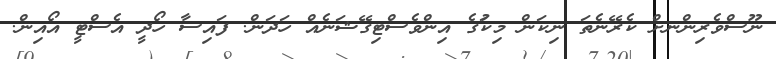
ނޫސްވެރިންނށް ކެރޭނެތަ ނިކަން މިކަުގެ އިންވެސްޓިގޭޝަނެއް ހަދަން. ފައިސާ ހޯދީ އެސްޓީ އޯއިން.